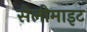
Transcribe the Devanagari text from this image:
सेलीमाइट